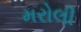
મરોલી